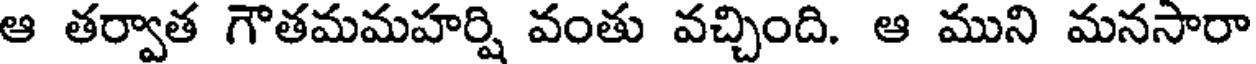
ఆ తర్వాత గౌతమమహర్షి వంతు వచ్చింది. ఆ ముని మనసారా